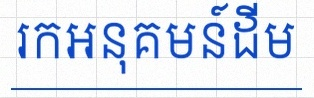
រកអនុគមន៍ដើម